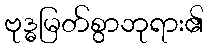
ဗုဒ္ဓမြတ်စွာဘုရား၏